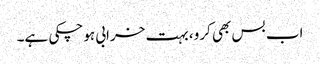
اب بس بھی کرو، بہت خرابی ہوچکی ہے۔